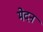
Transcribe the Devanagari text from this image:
मेदन